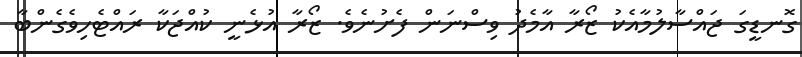
ގޮނޑީގަ ޖައްސާލުމާއެކު ޒޯރާ އާމެދު ވިސްނަން ފެށުނެވެ. ޒޯރާ އުޅެނީ ކުއްޖަކާ ރައްޓެހިވެގެންބާ